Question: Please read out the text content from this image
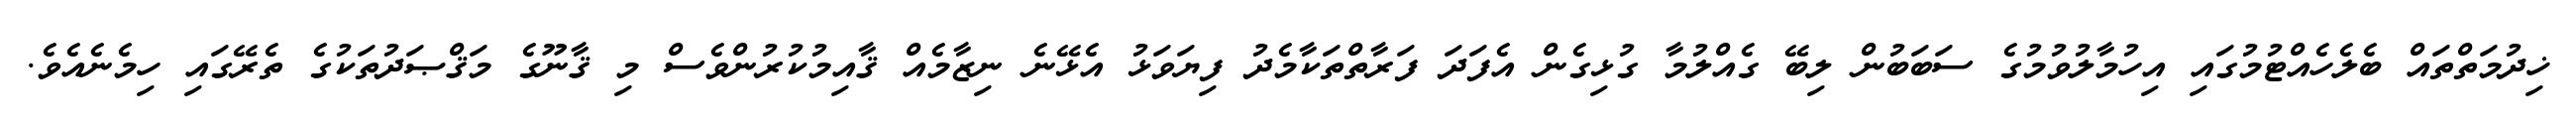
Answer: ޚިދުމަތްތައް ބެލެހެއްޓުމުގައި އިހުމާލުވުމުގެ ސަބަބުން ލިބޭ ގެއްލުމާ ގުޅިގެން އެފަދަ ފަރާތްތަކާމެދު ފިޔަވަޅު އެޅޭނެ ނިޒާމެއް ޤާއިމުކުރުންވެސް މި ޤާނޫގެ މަޤްޞަދުތަކުގެ ތެރޭގައި ހިމެނެއެވެ.